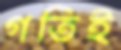
গতিই